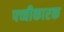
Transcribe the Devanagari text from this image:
पच्चीकारक